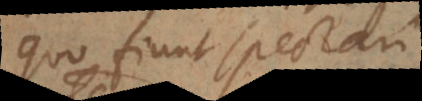
quo fiunt spectari